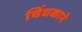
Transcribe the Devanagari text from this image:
चिंधकाने